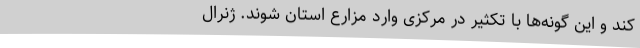
کند و این گونه‌ها با تکثیر در مرکزی وارد مزارع استان شوند. ژنرال